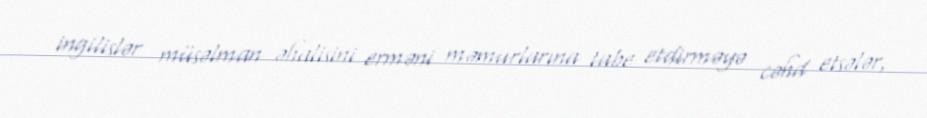
ingilislər müsəlman əhalisini erməni məmurlarına tabe etdirməyə cəhd etsələr,